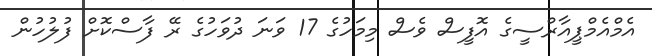
އެމްއެމްޕީއާރްސީގެ އޮފީސް ވެސް މިމަހުގެ 17 ވަނަ ދުވަހުގެ ރޭ ފާސްކޮށް ފުލުހުން